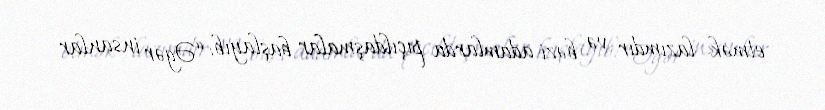
etmək lazımdır və bəzi adamlarda pıçıldaşmalar başlayıb: “Əgər insanlar